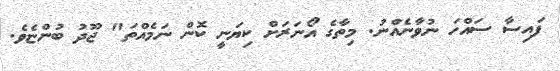
ފައިސާ ސައްހަ ނުވާނެއްނު. މިތާގެ އޯނަރަށް ކިޔަނީ ކޮން ނަމެއްތަ" ޖޫދު ބުންޏެވެ.